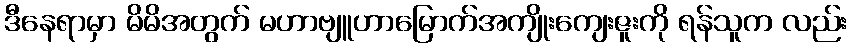
ဒီနေရာမှာ မိမိအတွက် မဟာဗျူဟာမြောက်အကျိုးကျေးဇူးကို ရန်သူက လည်း